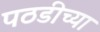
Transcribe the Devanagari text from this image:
पठडीच्या